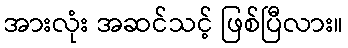
အားလုံး အဆင်သင့် ဖြစ်ပြီလား။